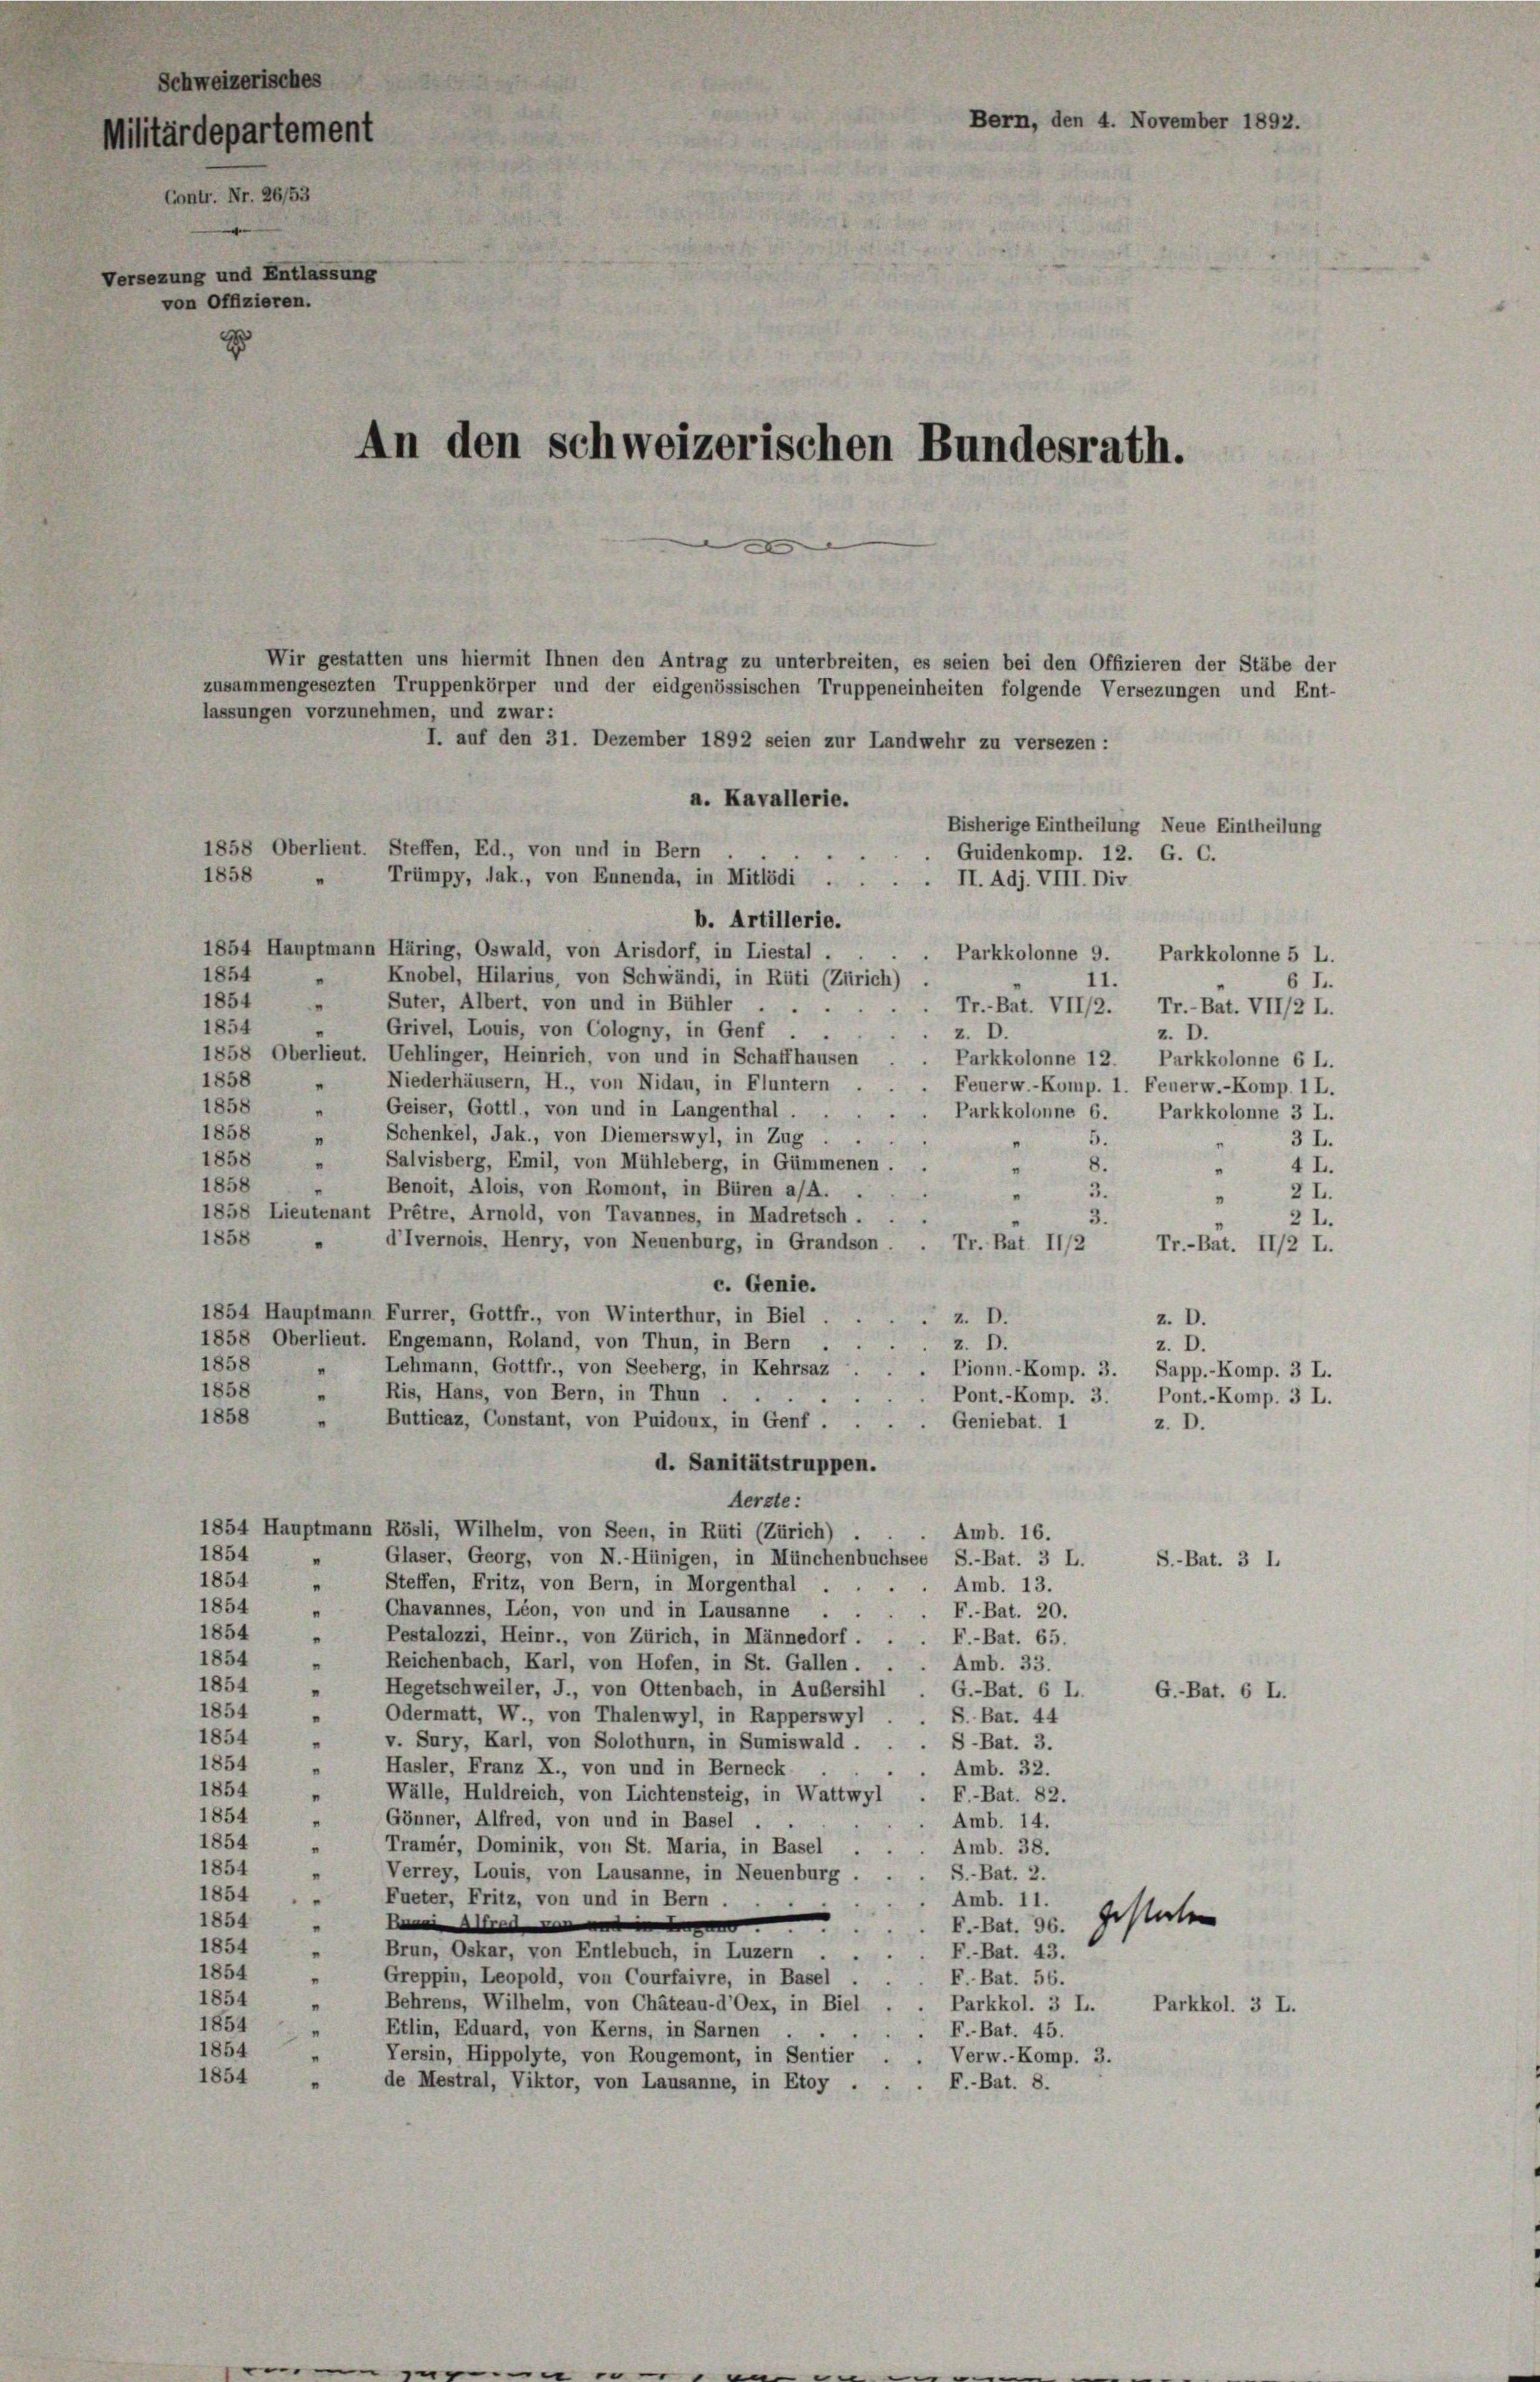
Schweizerisches
Versezung und Entlas,
von Offizieren.

Militärdepartement
Contr. Nr. 26/53

Wir gestatten uns hiermit Ihnen den Antrag zu unterbreiten, es seien bei den Offizieren der Stäbe der
zusammengesezten Truppenkörper und der eidgenössischen Truppeneinheiten folgende Versezungen und Ent-
I. auf den 31. Dezember 1892 seien zur Landwehr zu versezen :
a. Kavallerie.
Bisherige Eintheilung Neue Eintheilung
1858 Oberlieut. Steffen, Ed., von und in Bern
Guidenkomp. 12. G. C.
1858
Trümpy, Jak., von Ennenda, in Mitlödi ..
II. Adj. VIII. Div
b. Artillerie.
1854 Hauptmann Häring, Oswald, von Arisdorf, in Liestal.
Parkkolonne 9.
1854 " Knobel, Hilarius, von Schwändi, in Rüti (Zürich)
11.
6 II.
1854
Suter, Albert, von und in Bühler
“
1854
Grivel, Louis, von Cologny, in Genf
n
z. D.
1858 Oberlieut. Uehlinger, Heinrich, von und in Schaffhausen
1858
 Niederhäusern, H., von Nidau, in Fluntern
1858
Geiser, Gottl, von und in Langenthal ..
"
Schenkel, Jak., von Diemerswyl, in Zug
1858
5.
"
1858
Salvisberg, Emil, von Mühleberg, in Gümmenen.
"
"
1858
Benoit, Alois, von Romont, in Büren a/A.
3.
2I.
1858 Lieutenant Prêtre, Arnold, von Tavannes, in Madretsch.
1858
d’Ivernois. Henry, von Neuenburg, in Grandson
Tr. Bat. 11/2
Tr.-Bät. II/2 L.
c. Genie.
1854 Hauptmann Furrer, Gottfr., von Winterthur, in Biel
z. D.
1858 Oberlieut. Engemann, Roland, von Thun, in Bern
z. D.
1858
Lehmann, Gottfr., von Seeberg, in Kehrsaz
"
1858
Ris, Hans, von Bern, in Thun
"
1858
Butticaz, Constant, von Puidoux, in Genf.
Geniebat. I
d. Sanitätstruppen.
Aerzte:
1854 Hauptmann Rösli, Wilhelm, von Seen, in Rüti (Zürich) .
Amb. 16.
1854
Glaser, Georg, von N.-Hünigen, in Münchenbuchsee S.-Bat. 3 L.
S.-Bat. 3 l.
"
1854
Steffen, Fritz, von Bern, in Morgenthal
Amb. 13.
1854
Chavannes, Léon, von und in Lausanne
F.-Bat. 20.
"
1854 „ Pestalozzi, Heinr., von Zürich, in Männedorf.
F.-Bat. 65.
1854 "
Reichenbach, Karl, von Hofen, in St. Gallen.
Amb. 33.
1854 " Hegetschweiler, J., von Ottenbach, in Außersihl
G.-Bat. 6 L.
G.-Bat. 6 L.
1854
"
Odermatt, W., von Thalenwyl, in Rapperswyl
S. Bat. 44
1854
v. Sury, Karl, von Solothurn, in Sumiswald . . . S-Bat. 3.
1854
Hasler, Franz X., von und in Berneck
"
Amb. 32.
1854
Wälle, Huldreich, von Lichtensteig, in Wattwyl
F.-Bat. 82.
"
1854
Gönner, Alfred, von und in Basel.
Amb. 14.
1854
Tramer, Dominik, von St. Maria, in Basel
Amb. 38.
1854
Verrey, Louis, von Lausanne, in Neuenburg
S.-Bat. 2.
2
1854
.
Fueter, Fritz, von und in Bern .
Amb. 11.
gestaten
e
1854

F.-Bat. 96.
1854 "
Brun, Oskar, von Entlebuch, in Luzern
F.-Bat. 43.
1854
Greppin, Leopold, von Courfaivre, in Basel
F. Bat. 56.
1854
Behrens, Wilhelm, von Chäteau-d’Oex, in Biel
"
Parkkol. 3 L. Parkkol. 3 L.
1854
Etlin, Eduard, von Kerns, in Sarnen
F.-Bat. 45.
n
“
1854
Tersin, Hippolyte, von Rougemont, in Sentier
Verw.-Komp. 3.
1854
de Mestral, Viktor, von Lausanne, in Etoy .
F.-Bat. 8.

lassungen vorzunehmen, und zwar:

An den schweizerischen Bundesrath.

Bern, den 4. November 1892.

Parkkolonne 5 L.
Fr. Bat. VII/2. Tr.-Bat. VII/2 L.
z. D.
Parkkolonne 12. Parkkolonne 6 L.
Feuerw.-Komp. 1. Feuerw.-Komp. 1 L.
Parkkolonne 6. Parkkolonne 3 L.

z. D.
z. D.
Pionn.-Komp. 3. Sapp.-Komp. 3 L.
Pont.-Komp. 3. Pont.-Komp. 3 L.
z. D.

3 I.
4 L.
2 I.